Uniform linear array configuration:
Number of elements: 16
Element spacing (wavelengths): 0.75
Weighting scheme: uniform
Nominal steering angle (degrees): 60
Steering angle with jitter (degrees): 60.498
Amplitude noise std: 0.05
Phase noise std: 0.05

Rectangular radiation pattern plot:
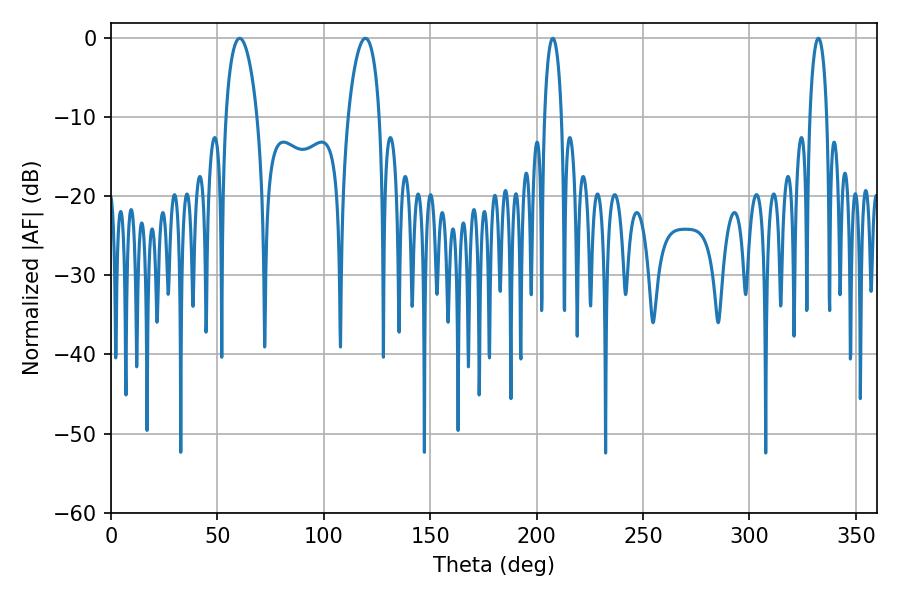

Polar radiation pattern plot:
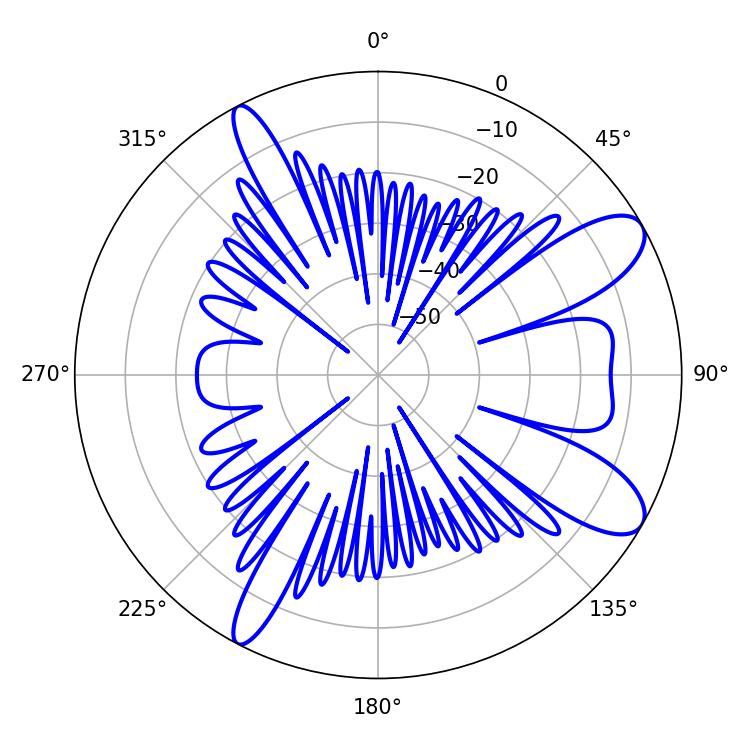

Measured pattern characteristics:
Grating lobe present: TRUE
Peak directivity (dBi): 9.814
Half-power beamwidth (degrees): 8.46
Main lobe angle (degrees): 60.48